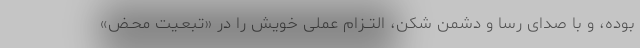
بوده، و با صدای رسا و دشمن شکن، التــزام عملی خویش را در «تبعـیت محـض»